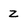
Character: z